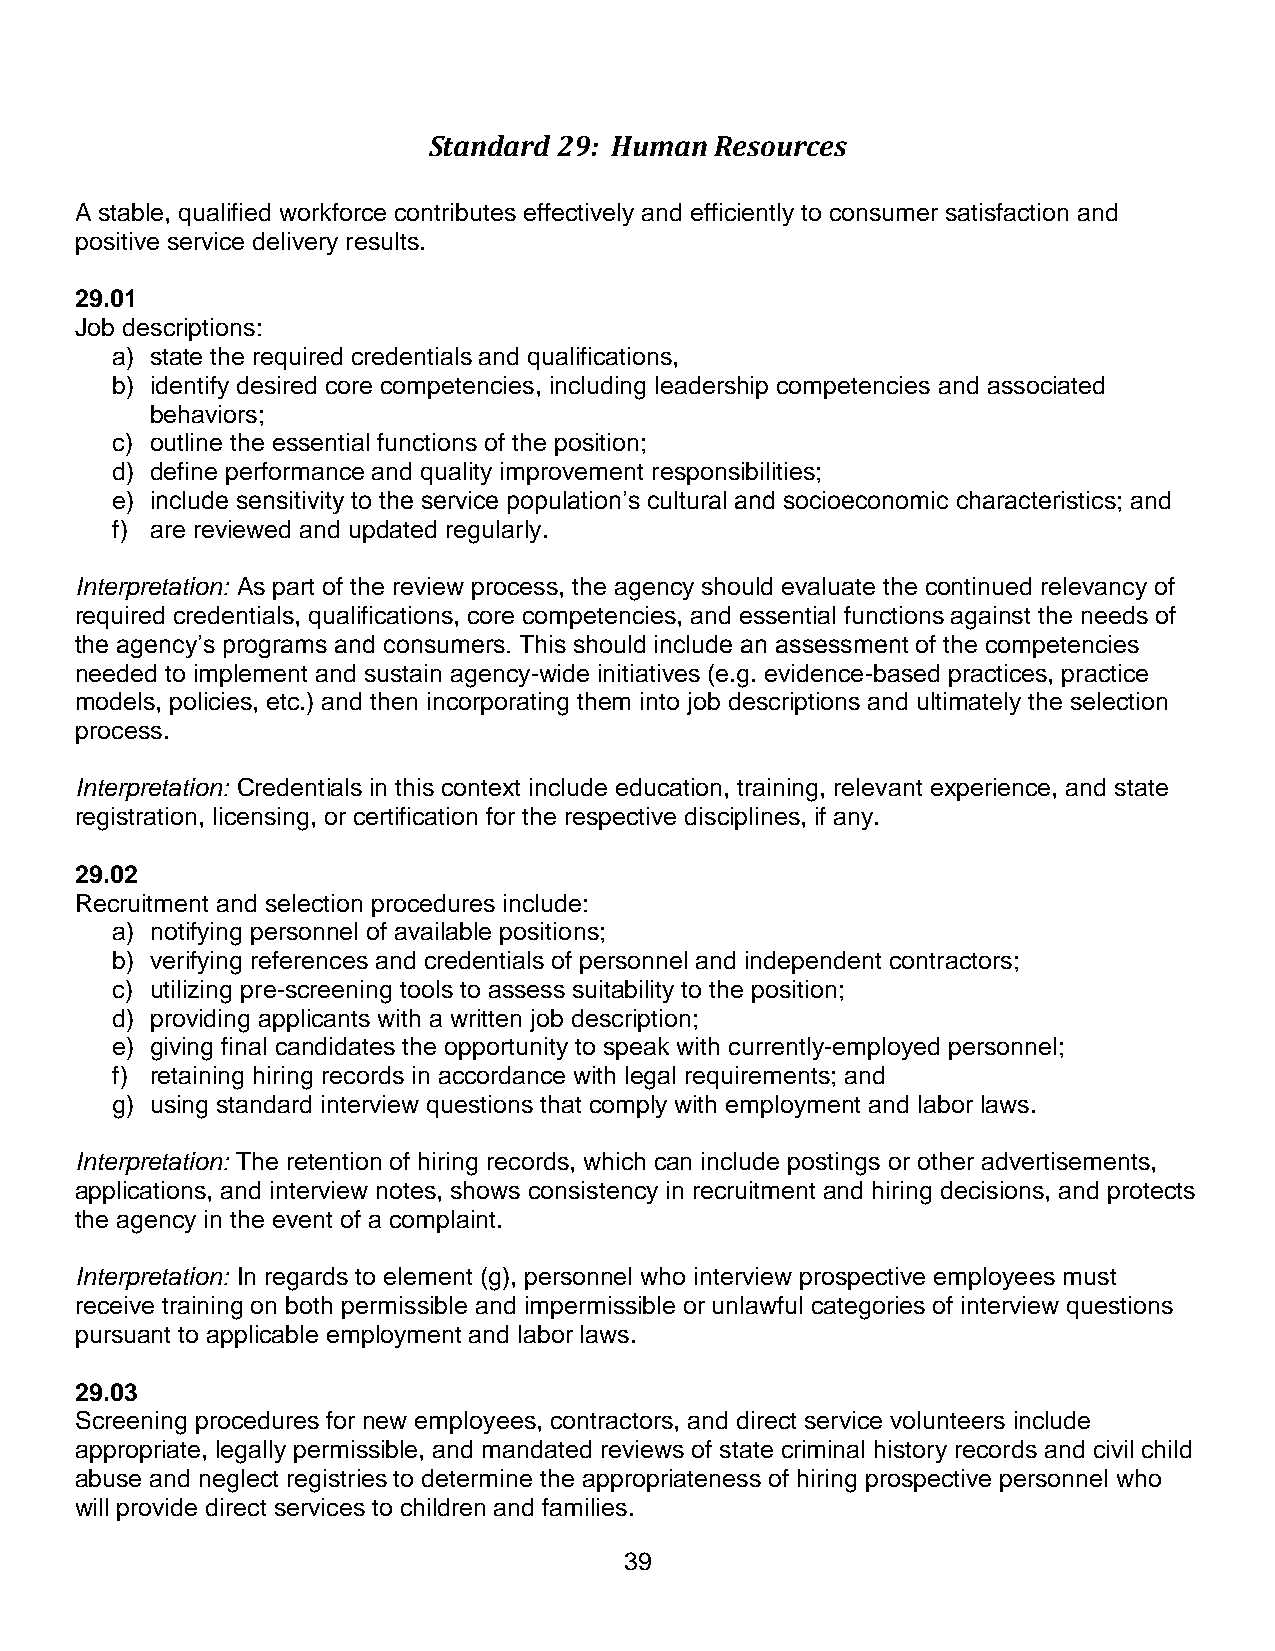
Standard 29: Human Resources
 A stable, qualified workforce contributes effectively and efficiently to consumer satisfaction and
 positive service delivery results.
 29.01
 Job descriptions:
 a) state the required credentials and qualifications,
 b) identify desired core competencies, including leadership competencies and associated
 behaviors;
 c) outline the essential functions of the position;
 d) define performance and quality improvement responsibilities;
 e) include sensitivity to the service population’s cultural and socioeconomic characteristics; and
 f) are reviewed and updated regularly.
 Interpretation: As part of the review process, the agency should evaluate the continued relevancy of
 required credentials, qualifications, core competencies, and essential functions against the needs of
 the agency’s programs and consumers. This should include an assessment of the competencies
 needed to implement and sustain agency-wide initiatives (e.g. evidence-based practices, practice
 models, policies, etc.) and then incorporating them into job descriptions and ultimately the selection
 process.
 Interpretation: Credentials in this context include education, training, relevant experience, and state
 registration, licensing, or certification for the respective disciplines, if any.
 29.02
 Recruitment and selection procedures include:
 a) notifying personnel of available positions;
 b) verifying references and credentials of personnel and independent contractors;
 c) utilizing pre-screening tools to assess suitability to the position;
 d) providing applicants with a written job description;
 e) giving final candidates the opportunity to speak with currently-employed personnel;
 f) retaining hiring records in accordance with legal requirements; and
 g) using standard interview questions that comply with employment and labor laws.
 Interpretation: The retention of hiring records, which can include postings or other advertisements,
 applications, and interview notes, shows consistency in recruitment and hiring decisions, and protects
 the agency in the event of a complaint.
 Interpretation: In regards to element (g), personnel who interview prospective employees must
 receive training on both permissible and impermissible or unlawful categories of interview questions
 pursuant to applicable employment and labor laws.
 29.03
 Screening procedures for new employees, contractors, and direct service volunteers include
 appropriate, legally permissible, and mandated reviews of state criminal history records and civil child
 abuse and neglect registries to determine the appropriateness of hiring prospective personnel who
 will provide direct services to children and families.
 39